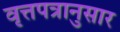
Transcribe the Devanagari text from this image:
वृत्तपत्रानुसार